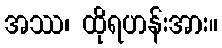
အဿ၊ ထိုရဟန်းအား။